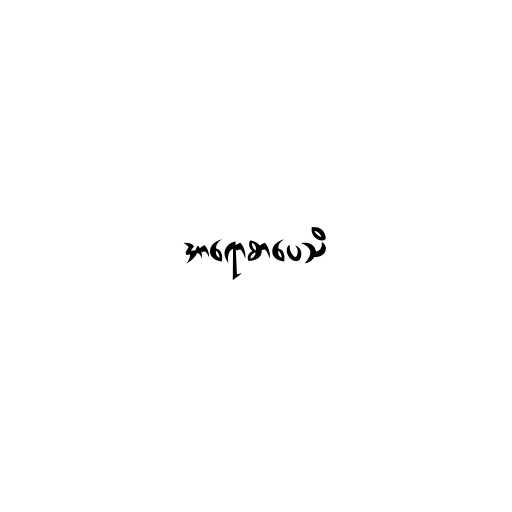
အာရောစာပေသိ